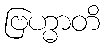
ဗြဟ္မာတိ